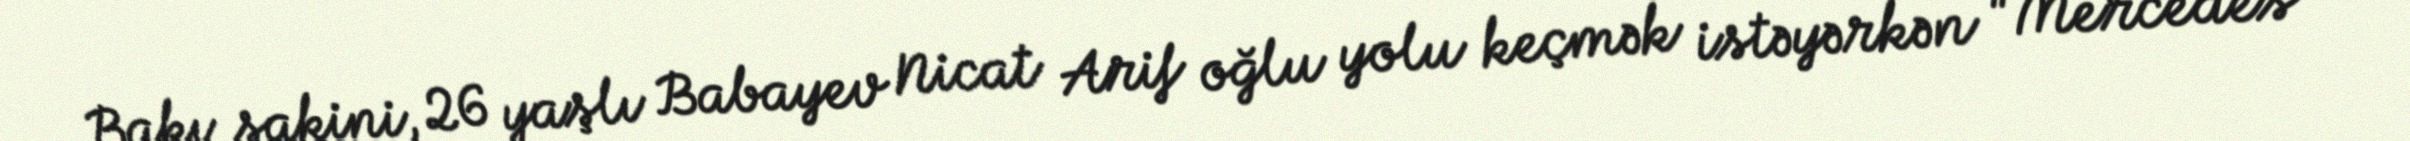
Bakı sakini, 26 yaşlı Babayev Nicat Arif oğlu yolu keçmək istəyərkən "Mercedes"